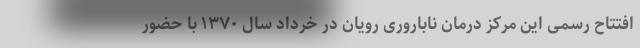
افتتاح رسمی این مرکز درمان ناباروری رویان در خرداد سال ۱۳۷۰ با حضور